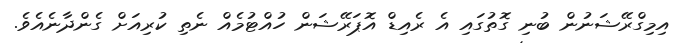
އިމިގްރޭޝަނުން ބުނި ގޮތުގައި އެ ރެއިޑް އޮޕަރޭޝަން ހުއްޓުމެއް ނެތި ކުރިއަށް ގެންދާނެއެވެ.